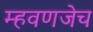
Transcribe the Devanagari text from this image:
म्हवणजेच